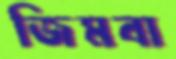
জিমবা